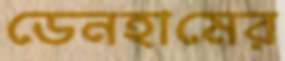
ডেনহামের